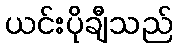
ယင်းပိုချီသည်